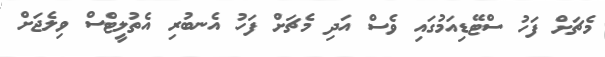
މެޗަށް ފަހު ސްޓޭޑިއަމުގައި ވެސް އަދި މެޗަށް ފަހު އެނބުރި އެތުލީޓްސް ވިލެޖަށް